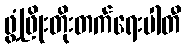
ဖွံ့ဖြိုးတိုးတက်ရေးပါတီ